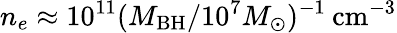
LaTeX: n_{e}\approx 10^{11}(M_{\mathrm{BH}}/10^{7}M_{\odot})^{-1}\: \mathrm{{cm}^{-3}}